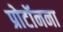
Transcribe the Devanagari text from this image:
प्रोटॉनना